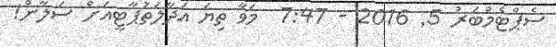
ސެޕްޓެމްބަރު 5